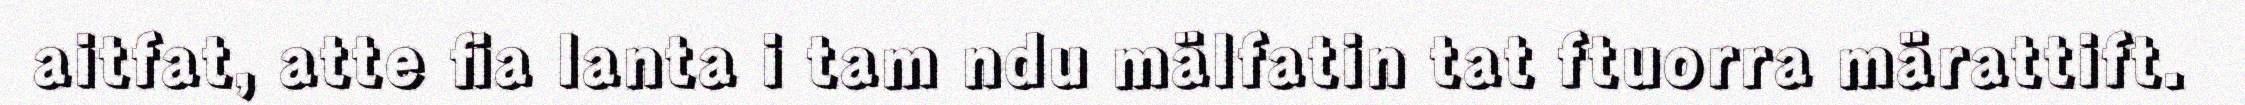
aitfat, atte fia lanta i tam ndu mälfatin tat ftuorra märattift.